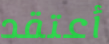
أعتقد